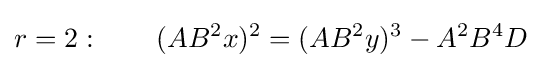
r=2:\qquad (AB^{2}x)^{2}=(AB^{2}y)^{3}-A^{2}B^{4}D